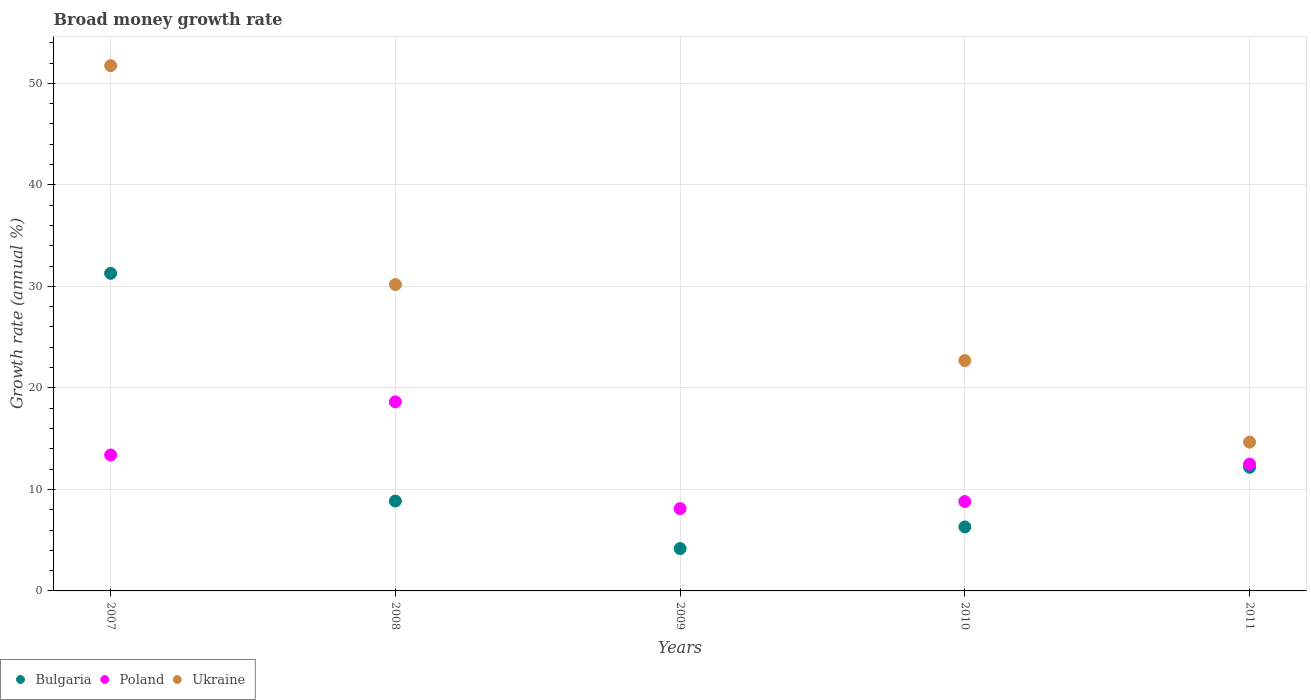
| Years | Bulgaria | Poland | Ukraine |
 | --- | --- | --- | --- |
 | 2007 | 31.3 | 13.4 | 51.7 |
 | 2008 | 8.86 | 18.6 | 30.2 |
 | 2009 | 4.17 | 8.11 | -5.51 |
 | 2010 | 6.3 | 8.81 | 22.7 |
 | 2011 | 12.2 | 12.5 | 14.7 |